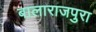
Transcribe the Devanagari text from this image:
बालाराजपुरा